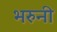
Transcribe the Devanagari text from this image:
भरुनी